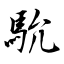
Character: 馻